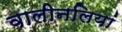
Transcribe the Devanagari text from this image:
वालीनलियां